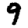
Digit: 9